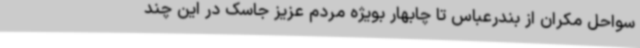
سواحل مکران از بندرعباس تا چابهار بویژه مردم عزیز جاسک در این چند